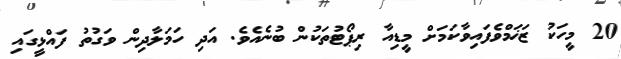
20 މީހަކު ޒަޚަމްވެފައިވާކަމަށް މީޑިއާ ރިޕޯޓުތަކުން ބުނެއެވެ. އަދި ހަމަލާދިން ވަގުތު ފައްޅީގައި